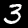
Digit: 3